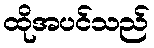
ထိုအပင်သည်